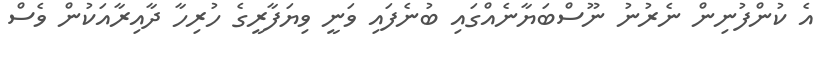
އެ ކުންފުނިން ނެރުނު ނޫސްބަޔާނެއްގައި ބުނެފައި ވަނީ ވިޔަފާރީގެ ހުރިހާ ދާއިރާއަކުން ވެސް